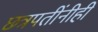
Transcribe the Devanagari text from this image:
छत्रपतींनीही